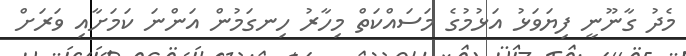
މެދު ގާނޫނީ ފިޔަވަޅު އަޅުމުގެ މަސައްކަތް މިހާރު ހިނގަމުން އަންނަ ކަމަށާއި ވަރަށް